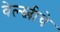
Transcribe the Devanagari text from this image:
वेल्स्लीचे